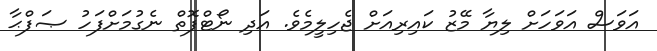
އަވަސް އަވަހަށް ލިޔާ މޭޒު ކައިރިއަށް ޖެހިލީމެވެ. އަދި ނޯޓްފޮތް ނެގުމަށްފަހު ޞަފްޙާ